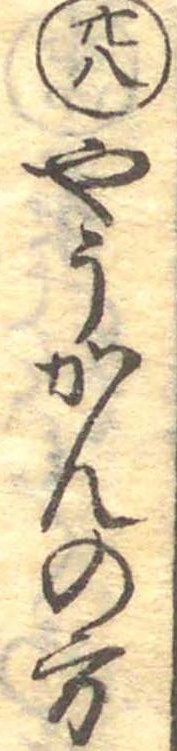
廿八やうかんの方